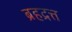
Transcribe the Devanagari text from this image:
ब्रहद्रत्त